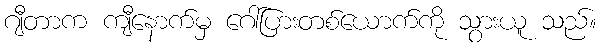
ဂျီတာက ကျီနောက်မှ ဂေါ်ပြားတစ်ယောက်ကို သွားယူ သည်။